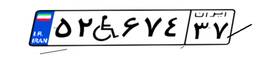
۵۲W۶۷۴۳۷